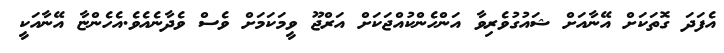
އެފަދަ ގޮތަކަށް އޭނާއަށް ޝައުގުވެރިވާ އަންހެންކުއްޖަކަށް އަރްޖޫ ވީމަކަމަށް ވެސް ވެދާނެއެވެ.އެހެންޏާ އޭނާއަކީ